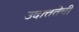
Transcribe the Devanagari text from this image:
उदात्ततेची